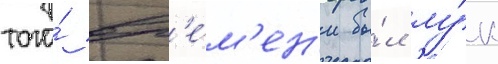
того́ вр'е́м'ен'и бы́л лу́к